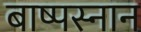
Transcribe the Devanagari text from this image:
बाष्पस्नान